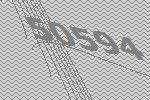
50594